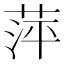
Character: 萍